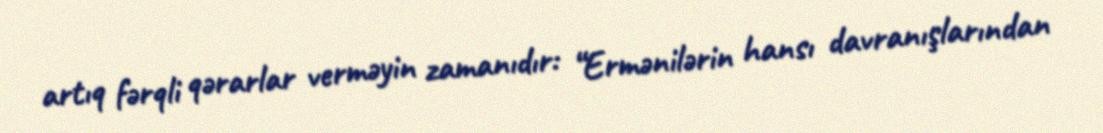
artıq fərqli qərarlar verməyin zamanıdır: “Ermənilərin hansı davranışlarından